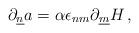
LaTeX: \begin{align*}\partial_{\underline{n}}a =\alpha \epsilon_{nm} \partial_{\underline{m}}H\, ,\end{align*}